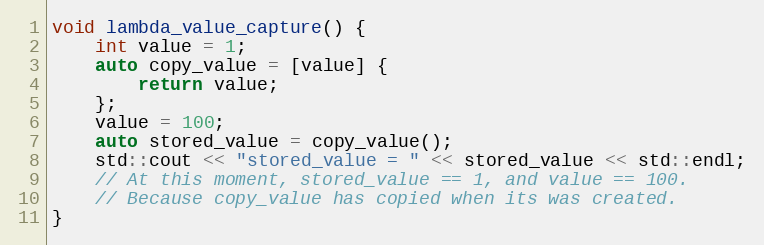
Language: C++
void lambda_value_capture() {
    int value = 1;
    auto copy_value = [value] {
        return value;
    };
    value = 100;
    auto stored_value = copy_value();
    std::cout << "stored_value = " << stored_value << std::endl;
    // At this moment, stored_value == 1, and value == 100.
    // Because copy_value has copied when its was created.
}